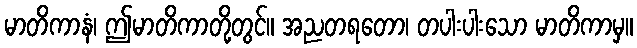
မာတိကာနံ၊ ဤမာတိကာတို့တွင်။ အညတရတော၊ တပါးပါးသော မာတိကာမှ။